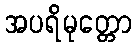
အပရိမုတ္တော